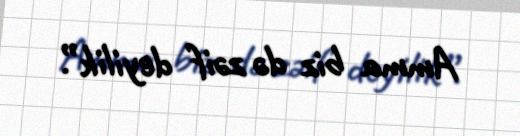
Amma biz də zəif deyilik”.